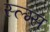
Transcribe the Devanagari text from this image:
स्ल्ग्स